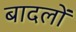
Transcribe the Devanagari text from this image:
बादलाें